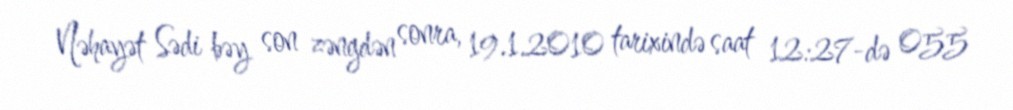
Nəhayət Sədi bəy son zəngdən sonra, 19.1.2010 tarixində saat 12:27-də 055